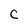
Character: C